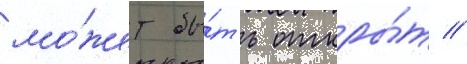
мо́жет бы́ть откры́т //